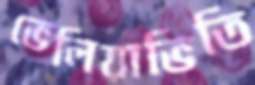
ভেলিয়াভিতি